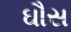
ઘૌસ